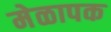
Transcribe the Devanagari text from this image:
मेळापक